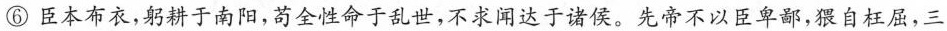
⑥臣本布衣，躬耕于南阳，苟全性命于乱世，不求闻达于诸侯。先帝不以臣卑鄙，猥自枉屈，三